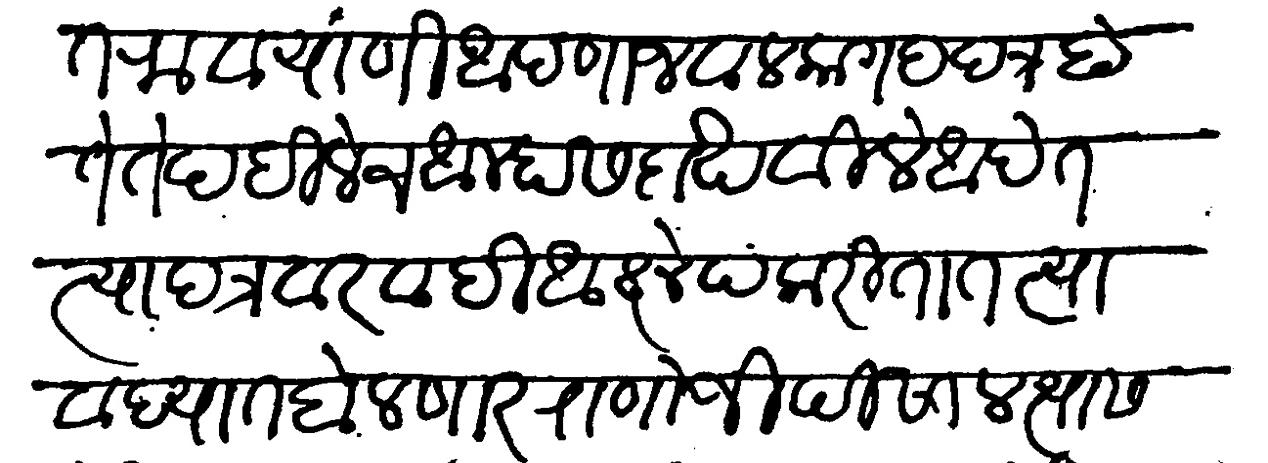
Transliteration (Devanagari): दौलत राव यांनी आपणा जवळ कागद पत्र होते ते पहिलेच आम्हास दाखविले आहेत त्या पत्रावर वादी आक्षेप करितात त्या वाद्यात बोलणार राणोजी पिसाल त्यास